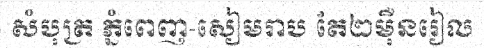
សំបុត្រ ភ្នំពេញ-សៀមរាប តែ២ម៉ឺនរៀល